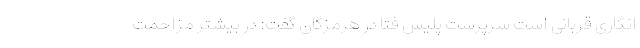
‌انگاری قربانی است سرپرست پلیس فتا در هرمزگان گفت: در بیشتر مزاحمت